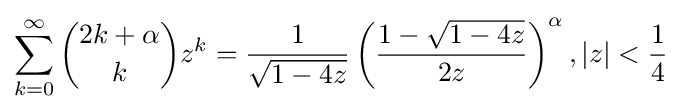
\sum _{k=0}^{\infty }{2k+\alpha  \choose k}z^{k}={\frac {1}{\sqrt {1-4z}}}\left({\frac {1-{\sqrt {1-4z}}}{2z}}\right)^{\alpha },|z|<{\frac {1}{4}}